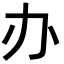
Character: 办